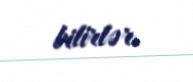
bilirlər.